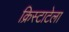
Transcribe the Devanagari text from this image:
क्रिस्टाटेला